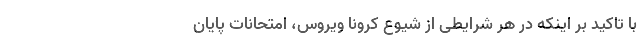
با تاکید بر اینکه در هر شرایطی از شیوع کرونا ویروس، امتحانات پایان